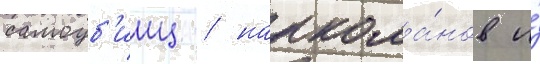
самоуб'ииц / наркома́нов и́